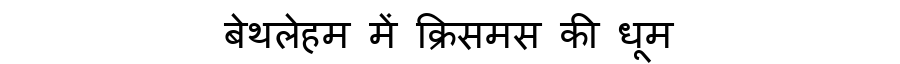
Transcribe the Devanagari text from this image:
बेथलेहम में क्रिसमस की धूम